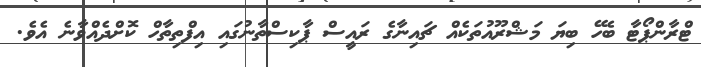
ޓްރާންޕޯޓާ ބެހޭ ބިޔަ މަޝްރޫއުތަކެއް ޗައިނާގެ ރައީސް ޕާކިސްތާނުގައި އިފްތިތާހް ކޮށްދެއްވާނެ އެވެ.